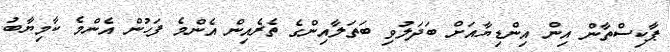
ޕާކިސްތާން އިން އިންޑިޔާއަށް ބަދަލުވި ބަތަލާއިންގެ ތެރެއިން އެންމެ ފަހުން އެންމެ ކާމިޔާބު